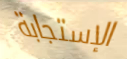
الإستجابة